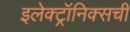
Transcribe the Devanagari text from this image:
इलेक्ट्रॉनिक्सची